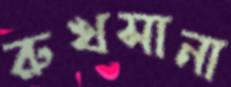
রুখসানা